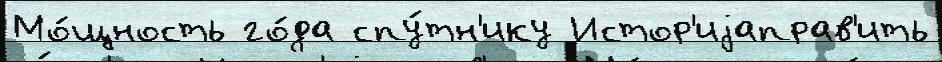
Мо́щность го́да спу́тн'ику Истор'иjаправ'ить